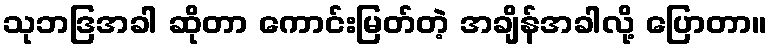
သုဘဒြအခါ ဆိုတာ ကောင်းမြတ်တဲ့ အချိန်အခါလို့ ပြောတာ။